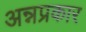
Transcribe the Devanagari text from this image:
अन्नप्रकार